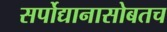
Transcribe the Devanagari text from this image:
सर्पोद्यानासोबतच